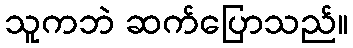
သူကဘဲ ဆက်ပြောသည်။